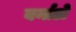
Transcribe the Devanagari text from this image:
वर्नाडो